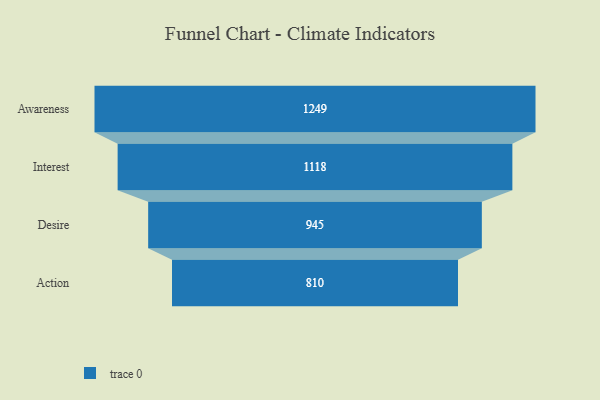
{"axis": {"x": "Stage", "y": "Value"}, "legend": [""], "data": [{"x": "Awareness", "y": 1249.0, "type": ""}, {"x": "Interest", "y": 1118.0, "type": ""}, {"x": "Desire", "y": 945.0, "type": ""}, {"x": "Action", "y": 810.0, "type": ""}]}